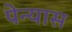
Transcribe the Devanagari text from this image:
पेन्यास